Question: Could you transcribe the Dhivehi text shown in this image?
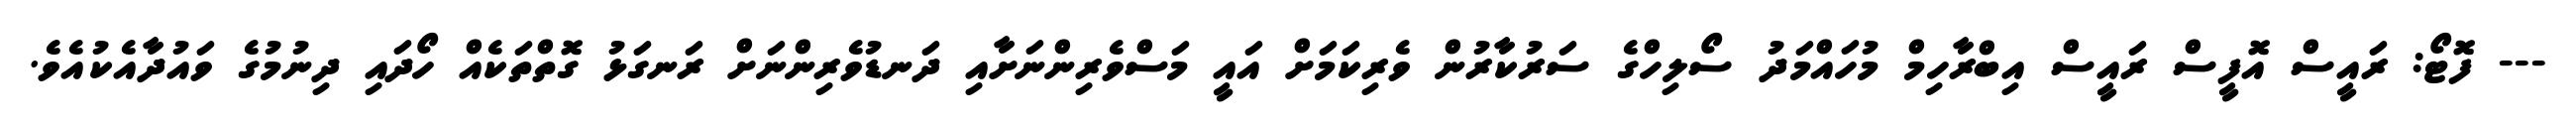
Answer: --- ފޮޓޯ: ރައީސް އޮފީސް ރައީސް އިބްރާހިމް މުހައްމަދު ސޯލިހްގެ ސަރުކާރުން ވެރިކަމަށް އައީ މަސްވެރިންނަށާއި ދަނޑުވެރިންނަށް ރަނގަޅު ގޮތްތަކެއް ހޯދައި ދިނުމުގެ ވައުދާއެކުއެވެ.